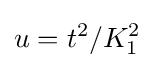
u=t^{2}/K_{1}^{2}